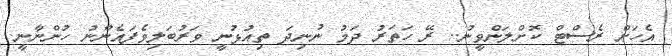
އެހަށް ރެސްޓް ކޮށްލަންވީނު.. ރޭ ހަތަރު ދަމު ނުނިދަ ތިއުޅުނީ ވަރުބަލިވެފައެންނު ހުންނާނީ..